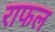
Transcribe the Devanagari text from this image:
राफल